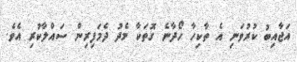
އަޖާއިބު ކުރުވަނި އެ ތާކިހާ ހޯދާނެ ގޮތަކާ މެދު ދެމަފިރިން ސައްލާކުރި އެވެ.